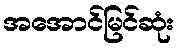
အအောင်မြင်ဆုံး